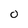
Character: 0